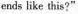
ends like this?"